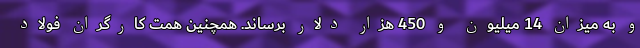
و به میزان 14 میلیون و 450 هزار دلار برساند. همچنین همت کارگران فولاد